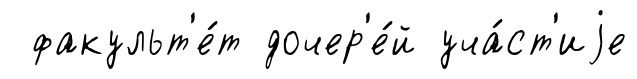
факульт'е́т дочер'е́й уча́ст'иjе